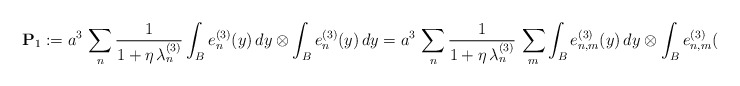
\begin{align*}{\bf{P}}_{1} := a^{3} \, \sum_{n} \frac{1}{1 + \eta \, \lambda_{n}^{(3)}} \int_{B}e_n^{(3)}(y)\,dy\otimes\int_{B}e_n^{(3)}(y)\,dy = a^{3} \, \sum_{n} \frac{1}{1 + \eta \, \lambda_{n}^{(3)}} \, \sum_{m} \int_{B}e_{n,m}^{(3)}(y)\,dy\otimes\int_{B}e_{n,m}^{(3)}(y)\,dy, \end{align*}